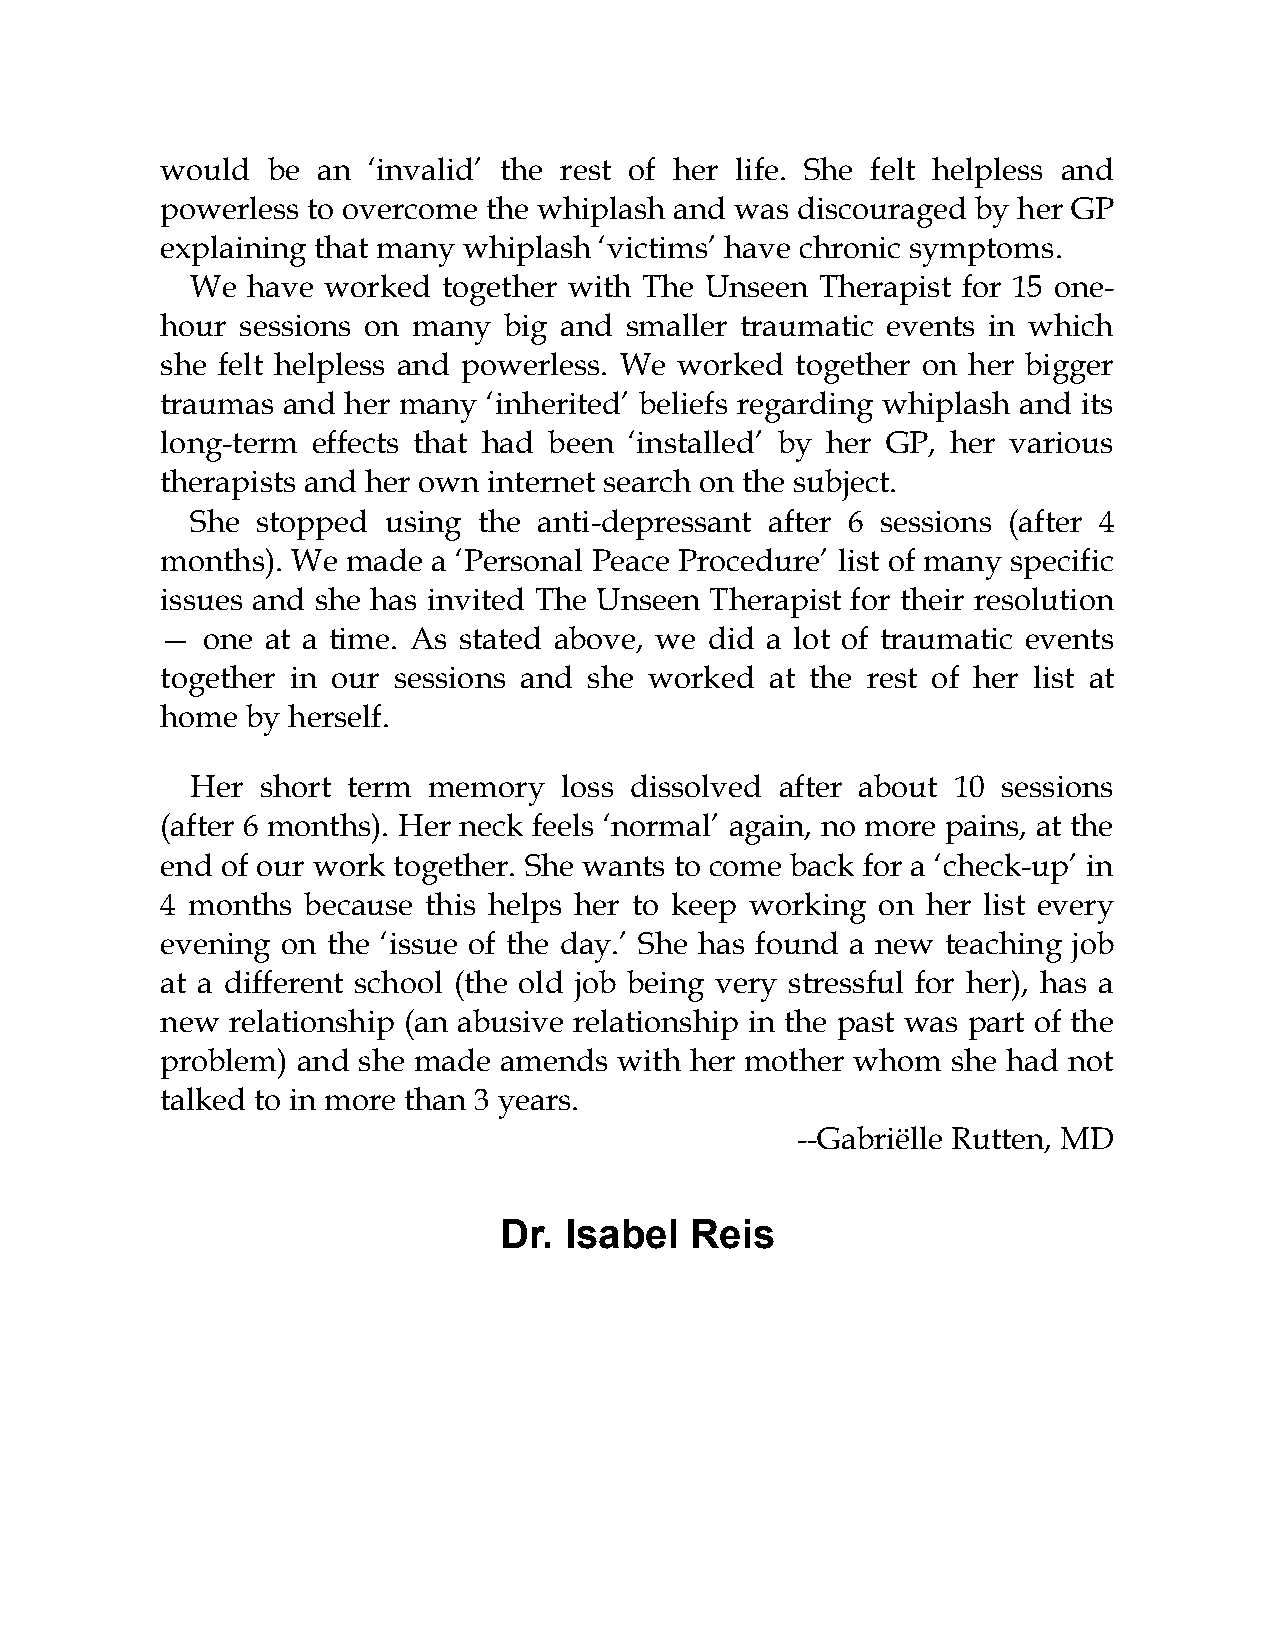
would  be an ‘invalid’ the rest of her life. She felt helpless and
 powerless to overcome the whiplash and was discouraged by her GP
 explaining that many whiplash ‘victims’ have chronic symptoms.
 We have worked  together with The Unseen Therapist for 15 one-
 hour sessions on many big and smaller traumatic events in which
 she felt helpless and powerless. We worked together on her bigger
 traumas and her many ‘inherited’ beliefs regarding whiplash and its
 long-term effects that had been ‘installed’ by her GP, her various
 therapists and her own internet search on the subject.
 She stopped using  the anti-depressant after 6 sessions (after 4
 months). We made  a ‘Personal Peace Procedure’ list of many specific
 issues and she has invited The Unseen Therapist for their resolution
 — one  at a time. As stated above, we did a lot of traumatic events
 together in our sessions and she worked at the rest of her list at
 home by herself.
 Her short term memory   loss dissolved after about 10 sessions
 (after 6 months). Her neck feels ‘normal’ again, no more pains, at the
 end of our work together. She wants to come back for a ‘check-up’ in
 4 months because this helps her to keep working on her list every
 evening on the ‘issue of the day.’ She has found a new teaching job
 at a different school (the old job being very stressful for her), has a
 new relationship (an abusive relationship in the past was part of the
 problem) and she made amends  with her mother whom  she had not
 talked to in more than 3 years.
 --Gabriëlle Rutten, MD
 Dr. Isabel   Reis